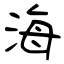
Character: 海